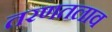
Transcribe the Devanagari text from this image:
तरणतलाव